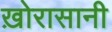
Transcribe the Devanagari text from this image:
ख़ोरासानी